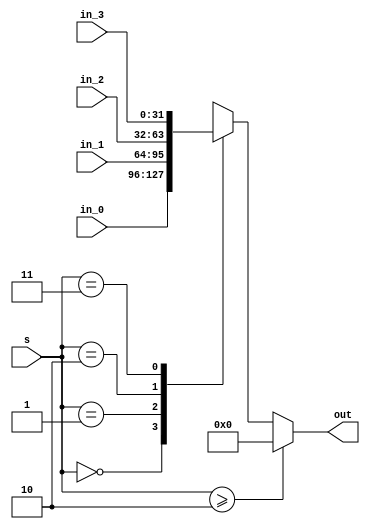
`timescale 1ns / 1ps
//////////////////////////////////////////////////////////////////////////////////
// Company: 
// Engineer: 
// 
// Design Name: 
// Module Name: MUX
// Project Name: 
// Target Devices: 
// Tool Versions: 
// Description: 
// 
// Dependencies: 
// 
// Revision:
// Revision 0.01 - File Created
// Additional Comments:
// 
//////////////////////////////////////////////////////////////////////////////////


module Multiplexer #(parameter N = 2, DATASIZE = 32)(in_0, in_1, in_2, in_3, s, out);
	input      [DATASIZE - 1 : 0] in_0, in_1, in_2, in_3;
	input                 [1 : 0] s;
	
	output reg [DATASIZE - 1 : 0] out;

	initial
	begin
		out = 'b0;
	end
	
	always @(*)
	begin
		if (s >= N)
            out = 'b0;
        else
			case (s)
				2'b00: out = in_0;
				2'b01: out = in_1; 
				2'b10: out = in_2; 
				2'b11: out = in_3; 
				2'bx0: out = in_0; 
				2'bx1: out = in_1;
				2'bz0: out = in_0; 
				2'bz1: out = in_1;
				default: 
					out = 'b1111; 
			endcase
        end
endmodule